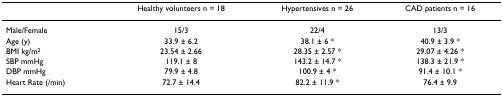
|  | Healthy volunteers n = 18 | Hypertensives n = 26 | CAD patients n = 16 |
 | --- | --- | --- | --- |
 | Male/Female | 15/3 | 22/4 | 13/3 |
 | Age (y) | 33.9 ± 6.2 | 38.1 ± 6 * | 40.9 ± 3.9 * |
 | BMI kg/m2 | 23.54 ± 2.66 | 28.35 ± 2.57 * | 29.07 ± 4.26 * |
 | SBP mmHg | 119.1 ± 8 | 143.2 ± 14.7 * | 138.3 ± 21.9 * |
 | DBP mmHg | 79.9 ± 4.8 | 100.9 ± 4 * | 91.4 ± 10.1 * |
 | Heart Rate (/min) | 72.7 ± 14.4 | 82.2 ± 11.9 * | 76.4 ± 9.9 |